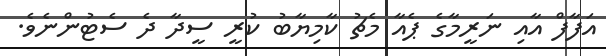
އަފާފް އާއި ނަރީމާގެ ޕެއާ މެޗު ކާމިޔާބު ކުރީ ސީދާ ދެ ސެޓުންނެވެ.